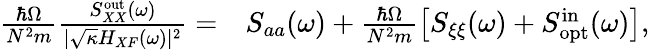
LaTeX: \begin{array}{rl}{\frac{\hbar\Omega}{N^{2}m}\frac{S_{XX}^{\mathrm{out}}(\omega)}{|\sqrt{\kappa}H_{XF}(\omega)|^{2}}=}&{{}S_{aa}(\omega)+\frac{\hbar\Omega}{N^{2}m}\left[S_{\xi\xi}(\omega)+S_{\mathrm{opt}}^{\mathrm{in}}(\omega)\right],}\end{array}